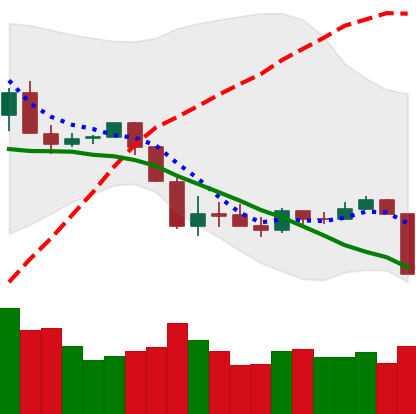
Ticker: XRP-USD
Chart end date: 2020-03-08
Forward return: -22.983%
Label: down_7plus